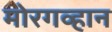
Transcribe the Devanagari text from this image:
मोरगव्हान